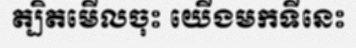
ត្បិតមើលចុះ យើងមកទីនេះ